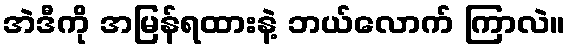
အဲဒီကို အမြန်ရထားနဲ့ ဘယ်လောက် ကြာလဲ။